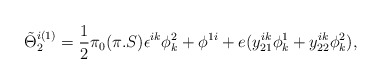
\begin{align*}\tilde\Theta ^{i(1)}_2={1\over 2}\pi _0(\pi .S)\epsilon ^{ik}\phi ^2_k +\phi ^{1i}+e(y^{ik}_{21}\phi^1_k+y^{ik}_{22}\phi^2_k),\end{align*}